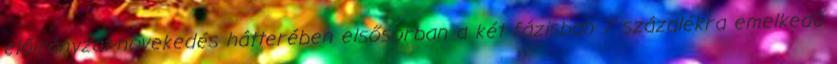
előirányzat-növekedés hátterében elsősorban a két fázisban 7 százalékra emelkedő